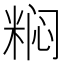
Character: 𬖟